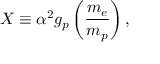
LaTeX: X \equiv \alpha ^ { 2 } g _ { p } \left( \frac { m _ { e } } { m _ { p } } \right) ,